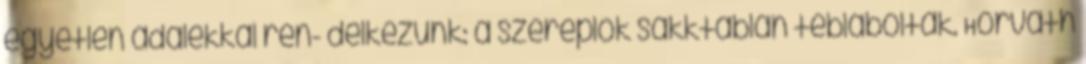
egyetlen adalékkal ren- delkezünk: a szereplők sakktáblán tébláboltak. Horváth